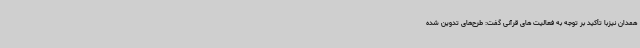
همدان نیزبا تأکید بر توجه به فعالیت های قرآنی گفت: طرح‌های تدوین شده